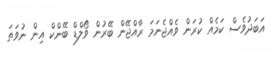
އަބަދުވެސް ކަމެއް ކުރަން ވެއްޖެނަމަ ރާއްޖޭން ބޭރުން ވޯލްޑް ބޭންކް އިން ނުވަތަ